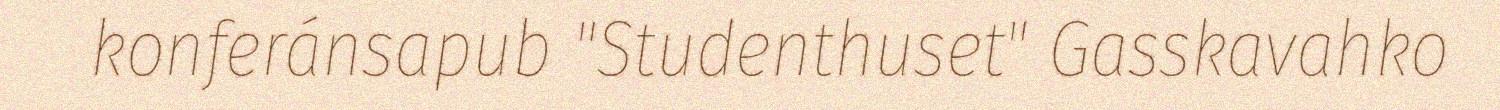
konferánsapub "Studenthuset" Gasskavahko